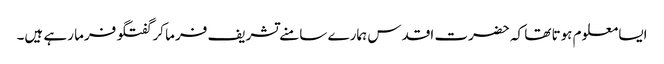
ایسا معلوم ہوتا تھا کہ حضرت اقدس ہمارے سامنے تشریف فرما کر گفتگو فرما رہے ہیں۔